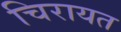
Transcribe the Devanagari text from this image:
चिरायत